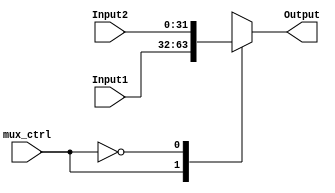
 module Mux2x1_WB_stage  ( input wire mux_ctrl , input wire [31:0] Input1 ,input wire [31:0] Input2  , output reg [31:0] Output ) ;
 
  always @ ( Input1 or Input2 or mux_ctrl )
  begin 
  case (mux_ctrl)
  1:
  begin
  Output = Input1 ;
  end
  0:
  begin
  Output = Input2 ;
  end
  endcase 
  end
  endmodule